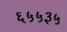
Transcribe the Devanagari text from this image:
६५५३५